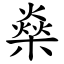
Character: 燊